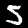
Digit: 5